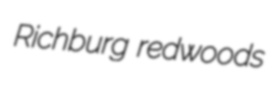
Richburg redwoods